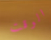
الوقت